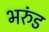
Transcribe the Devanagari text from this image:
भरुंड